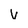
Character: V